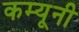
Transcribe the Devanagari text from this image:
कम्यूनी